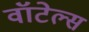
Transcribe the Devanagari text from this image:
वॉटेल्स